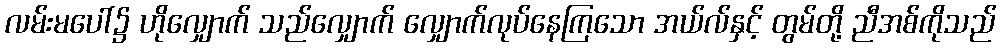
လမ်းမပေါ်၌ ဟိုလျှောက် သည်လျှောက် လျှောက်လုပ်နေကြသော အယ်လ်နှင့် တွမ်တို့ ညီအစ်ကိုသည်